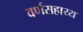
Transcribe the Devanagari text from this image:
वर्णसहाय्य